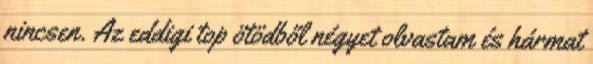
nincsen. Az eddigi top ötödből négyet olvastam és hármat